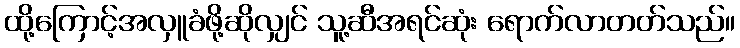
ထို့ကြောင့်အလှူခံဖို့ဆိုလျှင် သူ့ဆီအရင်ဆုံး ရောက်လာတတ်သည်။